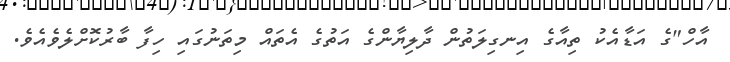
އާހް"ގެ އަޑާއެކު ތިއާގެ އިނގިލަތުން ދާލިޔާންގެ އަތުގެ އެތައް މިތަނުގައި ހިފާ ބާރުކޮށްލެވެއެވެ.